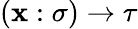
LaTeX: (\mathbf{x}:\sigma)\to\tau